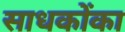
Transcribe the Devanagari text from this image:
साधकोंका